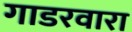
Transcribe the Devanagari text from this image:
गाडरवारा